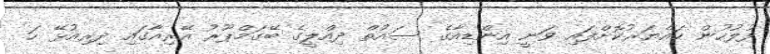
ފުލުހުން ހައްޔަރުކޮށްފައި ވަނީ އިންޑިއާގެ ސައުތް ދިއްލީގެ ބޭގަމްޕޫރު އޭރިއާގައި ދިރިއުޅޭ ހަ